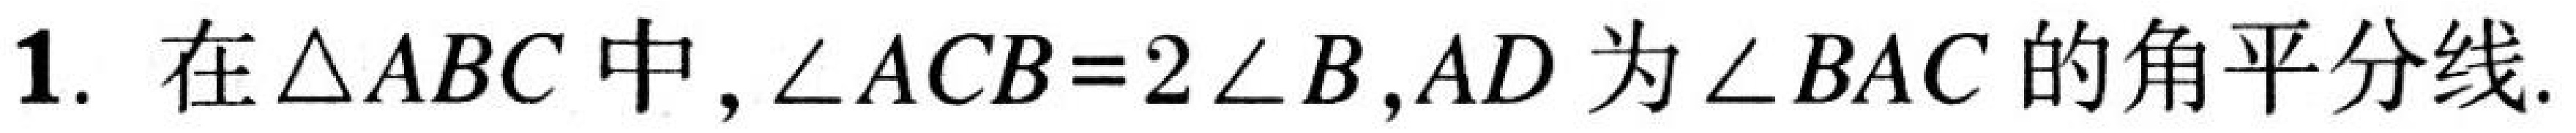
1. 在\(\triangle ABC\)中，\(\angle ACB = 2\angle B\)，\(AD\)为\(\angle BAC\)的角平分线.